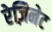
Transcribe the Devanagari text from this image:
रेज़िनेट